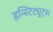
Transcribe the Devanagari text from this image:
इन्स्टिट्युट्स